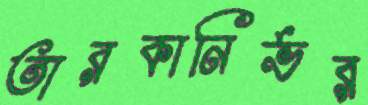
তারকানির্ভর